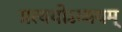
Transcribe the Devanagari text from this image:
प्रत्ययोऽव्ययम्